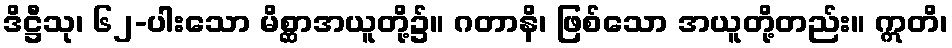
ဒိဋ္ဌီသု၊ ၆၂-ပါးသော မိစ္ဆာအယူတို့၌။ ဂတာနိ၊ ဖြစ်သော အယူတို့တည်း။ ဣတိ၊